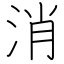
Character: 消